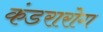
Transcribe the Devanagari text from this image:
कंडरारोग